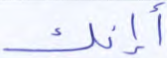
أإنك